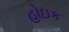
હોઇક